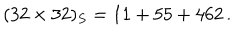
LaTeX: ( 3 2 \times 3 2 ) _ { S } = 1 1 + 5 5 + 4 6 2 \, .